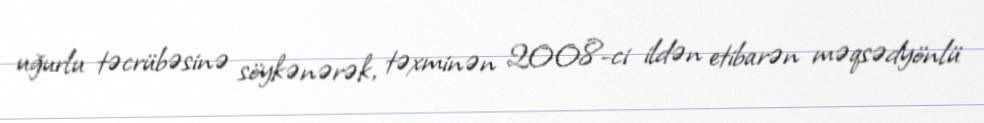
uğurlu təcrübəsinə söykənərək, təxminən 2008-ci ildən etibarən məqsədyönlü